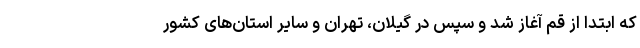
که ابتدا از قم آغاز شد و سپس در گیلان، تهران و سایر استان‌های کشور